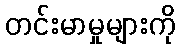
တင်းမာမှုများကို